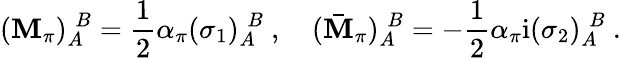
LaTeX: (\mathbf{M}_{\pi})_{A}^{\; B}=\frac{{1}}{{2}}\alpha_{\pi}(\sigma_{1})_{A}^{\; B}\ ,\quad(\bar{{\mathbf{M}}}_{\pi})_{A}^{\; B}=-\frac{{1}}{{2}}\alpha_{\pi}\mathrm{{i}}(\sigma_{2})_{A}^{\; B}\ .